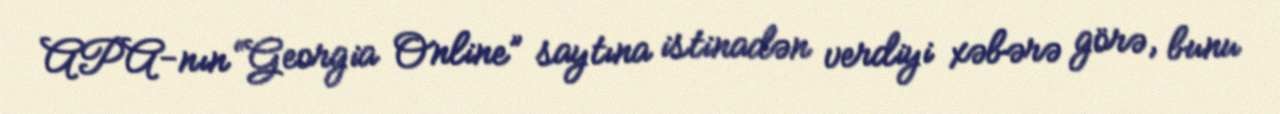
APA-nın “Georgia Online” saytına istinadən verdiyi xəbərə görə, bunu